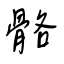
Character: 骼